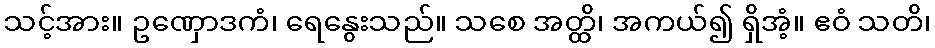
သင့်အား။ ဥဏှောဒကံ၊ ရေနွေးသည်။ သစေ အတ္ထိ၊ အကယ်၍ ရှိအံ့။ ဧဝံ သတိ၊